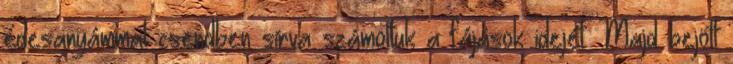
édesanyámmal csendben sírva számoltuk a fájások idejét. Majd bejött